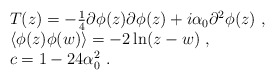
\begin{align*}\begin{array}{rcl}& & T(z) = -\frac{1}{4} \partial \phi(z) \partial \phi(z) + i \alpha_0 \partial^2 \phi(z)~,\\& &\langle\phi(z) \phi(w)\rangle= -2\ln (z - w)~,\\& &c = 1 - 24\alpha^2_0~.\end{array}\end{align*}